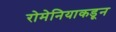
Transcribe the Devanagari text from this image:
रोमेनियाकडून